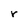
Character: r